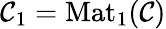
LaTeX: \mathcal{C}_{1}=\mathrm{{Mat}}_{1}(\mathcal{C})